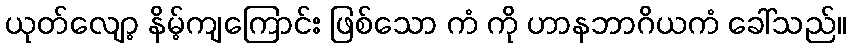
ယုတ်လျော့ နိမ့်ကျကြောင်း ဖြစ်သော ကံ ကို ဟာနဘာဂိယကံ ခေါ်သည်။